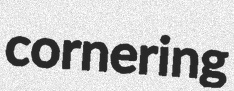
cornering